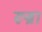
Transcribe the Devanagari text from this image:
रूब्रा